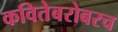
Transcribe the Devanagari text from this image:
कवितेबरोबरच